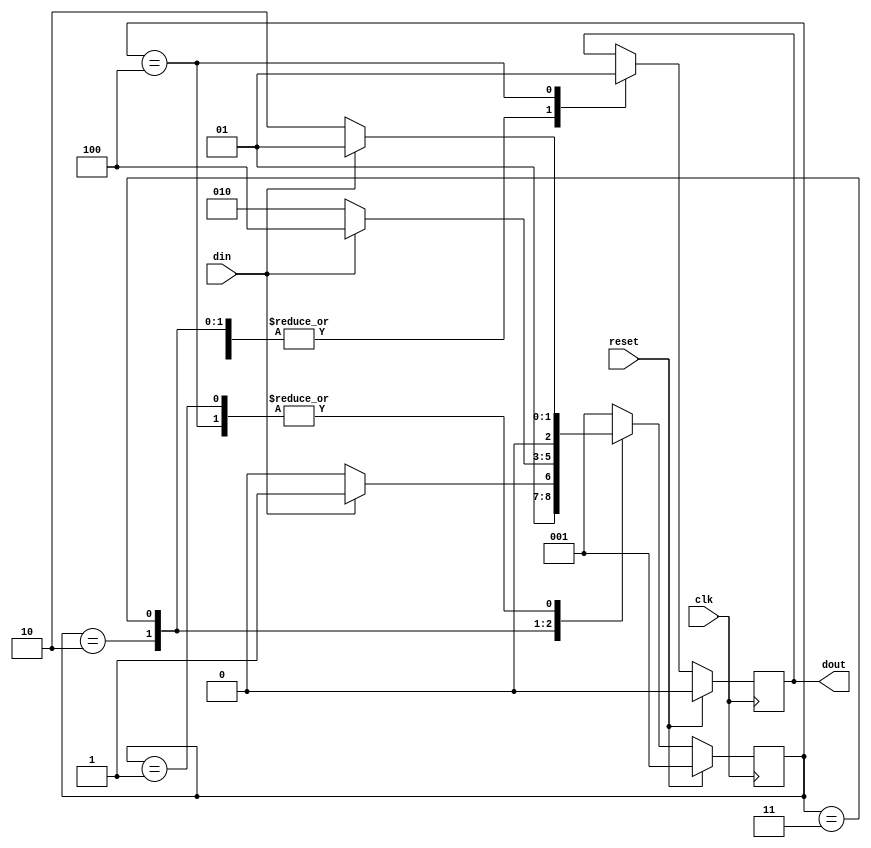
//SEQUENCE DETECTOR(0110) FSM CODING STYLE #3
module mealy_fsm(clk,reset,din,dout);

input clk,reset,din;
output reg dout;

parameter IDLE=3'b001,
          S1=3'b010,
          S2=3'b011,
          S3=3'b100;
          
reg[2:0]next_state, state;

always@(posedge clk) begin
if(reset)
state<=IDLE;
else
state<=next_state;
end

always@(*) begin
    next_state=IDLE;
    
    case(state)
    
    IDLE: begin
          if(din==0)
          next_state=S1;
          else
          next_state=IDLE;
          end
          
     S1:  begin
          if(din==1)
          next_state=S2;
          else
          next_state=S1;
          end
          
     S2:  begin
          if(din==1)
          next_state=S3;
          else
          next_state=S1;
          end
          
     S3:  begin
          if(din==0)
          next_state=S1;
          else
          next_state=IDLE;
          end
          
   endcase
   
  end
  
always@(posedge clk) begin

    if(reset)
        dout<=0;
    
    else
        begin
           // dout<=0;
            case(state)
            
                IDLE: dout<=0;
                S1:   dout<=0;
                S2:   dout<=0;
                S3:   dout<=1;
                
             endcase
         end
    end
    
 endmodule